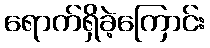
ရောက်ရှိခဲ့ကြောင်း